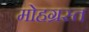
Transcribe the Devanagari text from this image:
मोहग्रस्त